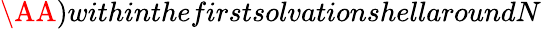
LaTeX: \AA)withinthefirstsolvationshellaroundN